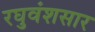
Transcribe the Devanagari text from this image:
रघुवंशसार